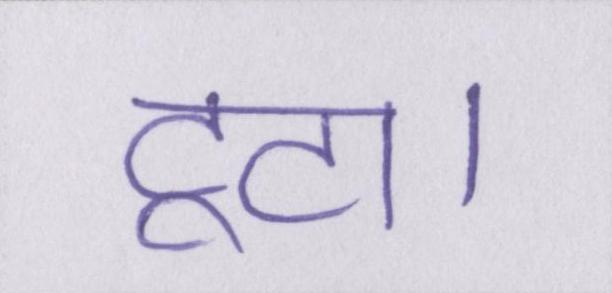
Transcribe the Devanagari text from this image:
टूटा।